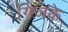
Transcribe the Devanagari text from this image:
गिंज़के